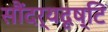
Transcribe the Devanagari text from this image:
सौंदर्यदृष्टि